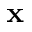
\textbf { x }